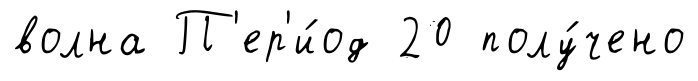
волна П'ер'и́од 20 полу́чено